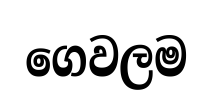
ගෙවලම